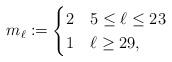
LaTeX: \begin{align*}m_{\ell}:=\begin{cases}2 & 5\leq\ell\leq 23\\1 & \ell\geq 29,\end{cases}\end{align*}